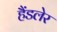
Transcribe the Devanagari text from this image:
हैंडलेर